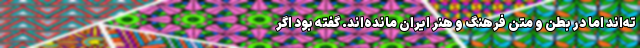
ته‌اند اما در بطن و متن فرهنگ و هنر ایران مانده‌اند. گفته بود اگر